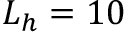
L _ { h } = 1 0